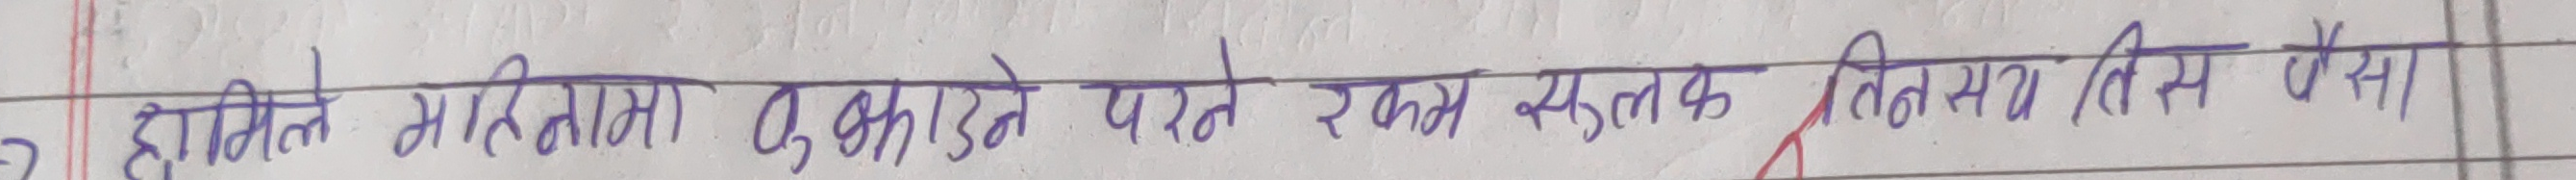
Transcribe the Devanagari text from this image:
हामिले गरिमाम दुकाउने पर्ने रकम सहितको तिमि सँग् बैशा